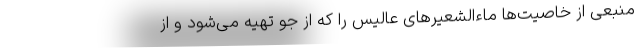
منبعی از خاصیت‌ها ماءالشعیرهای عالیس را که از جو تهیه می‌شود و از